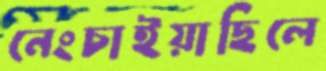
নেংচাইয়াছিলে